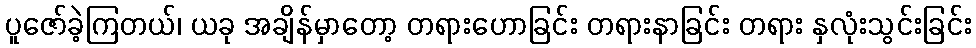
ပူဇော်ခဲ့ကြတယ်၊ ယခု အချိန်မှာတော့ တရားဟောခြင်း တရားနာခြင်း တရား နှလုံးသွင်းခြင်း